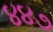
૪૪૭